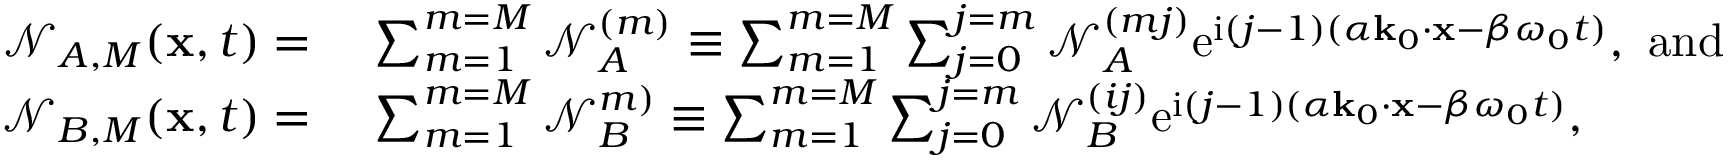
\begin{array} { r l } { \mathcal { N } _ { A , M } ( \mathbf { x } , t ) = ~ } & { \sum _ { m = 1 } ^ { m = M } \mathcal { N } _ { A } ^ { ( m ) } \equiv \sum _ { m = 1 } ^ { m = M } \sum _ { j = 0 } ^ { j = m } \mathcal { N } _ { A } ^ { ( m j ) } \mathrm { e } ^ { \mathrm { i } ( j - 1 ) ( \alpha \mathbf { k } _ { 0 } \cdot \mathbf { x } - \beta \omega _ { 0 } t ) } , ~ \mathrm { a n d } ~ } \\ { \mathcal { N } _ { B , M } ( \mathbf { x } , t ) = ~ } & { \sum _ { m = 1 } ^ { m = M } \mathcal { N } _ { B } ^ { m ) } \equiv \sum _ { m = 1 } ^ { m = M } \sum _ { j = 0 } ^ { j = m } \mathcal { N } _ { B } ^ { ( i j ) } \mathrm { e } ^ { \mathrm { i } ( j - 1 ) ( \alpha \mathbf { k } _ { 0 } \cdot \mathbf { x } - \beta \omega _ { 0 } t ) } , } \end{array}